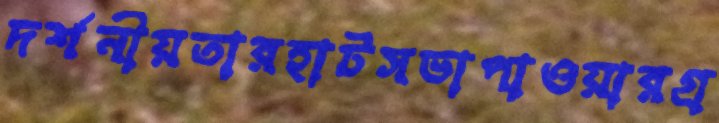
দর্শনীয়তারহাটসভাপাওয়ারগ্র